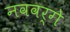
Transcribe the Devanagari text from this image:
नववर्गे